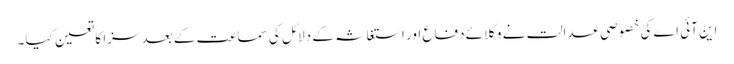
این آئی اے کی خصوصی عدالت نے وکلائے دفاع اور استغاثہ کے دلائل کی سماعت کے بعد سزا کا تعین کیا۔